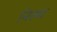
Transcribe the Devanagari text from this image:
निस्च्य